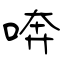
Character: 喯